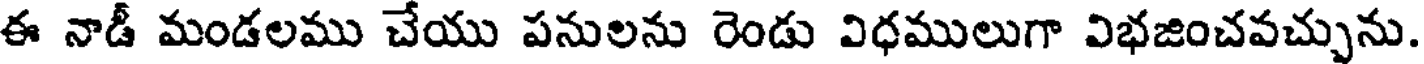
ఈ నాడీ మండలము చేయు పనులను రెండు విధములుగా విభజించవచ్చును.